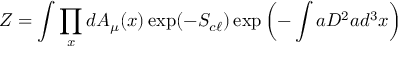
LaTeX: Z = \int \prod _ { x } d { \cal A } _ { \mu } ( x ) \exp ( - S _ { c \ell } ) \exp \left( - \int a D ^ { 2 } a d ^ { 3 } x \right)